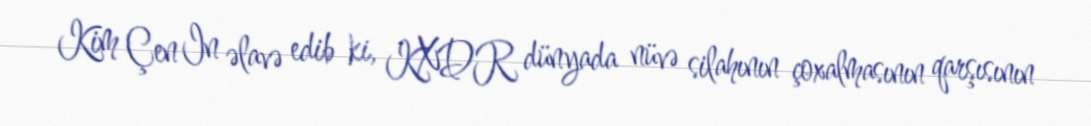
Kim Çen In əlavə edib ki, KXDR dünyada nüvə silahının çoxalmasının qarşısının